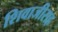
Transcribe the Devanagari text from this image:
शिवाजीसह